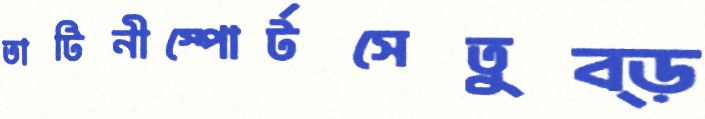
তাটিনীস্পোর্টসেতুব্‌ড়